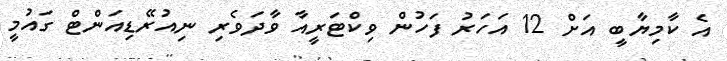
އެ ކާމިޔާބީ އަށް 12 އަހަރު ފަހުން ވިކްޓަރީއާ ވާދަވެރި ނިއުރޭޑިއަންޓް ގައުމީ